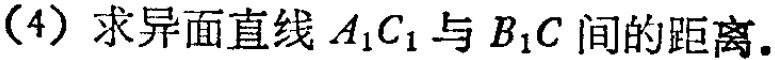
(4) 求异面直线 \(A_{1}C_{1}\) 与 \(B_{1}C\) 间的距离.